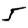
Digit: 5